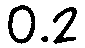
0.2